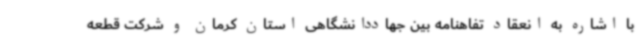
با اشاره به انعقاد تفاهنامه بین جهاددانشگاهی استان کرمان و شرکت قطعه